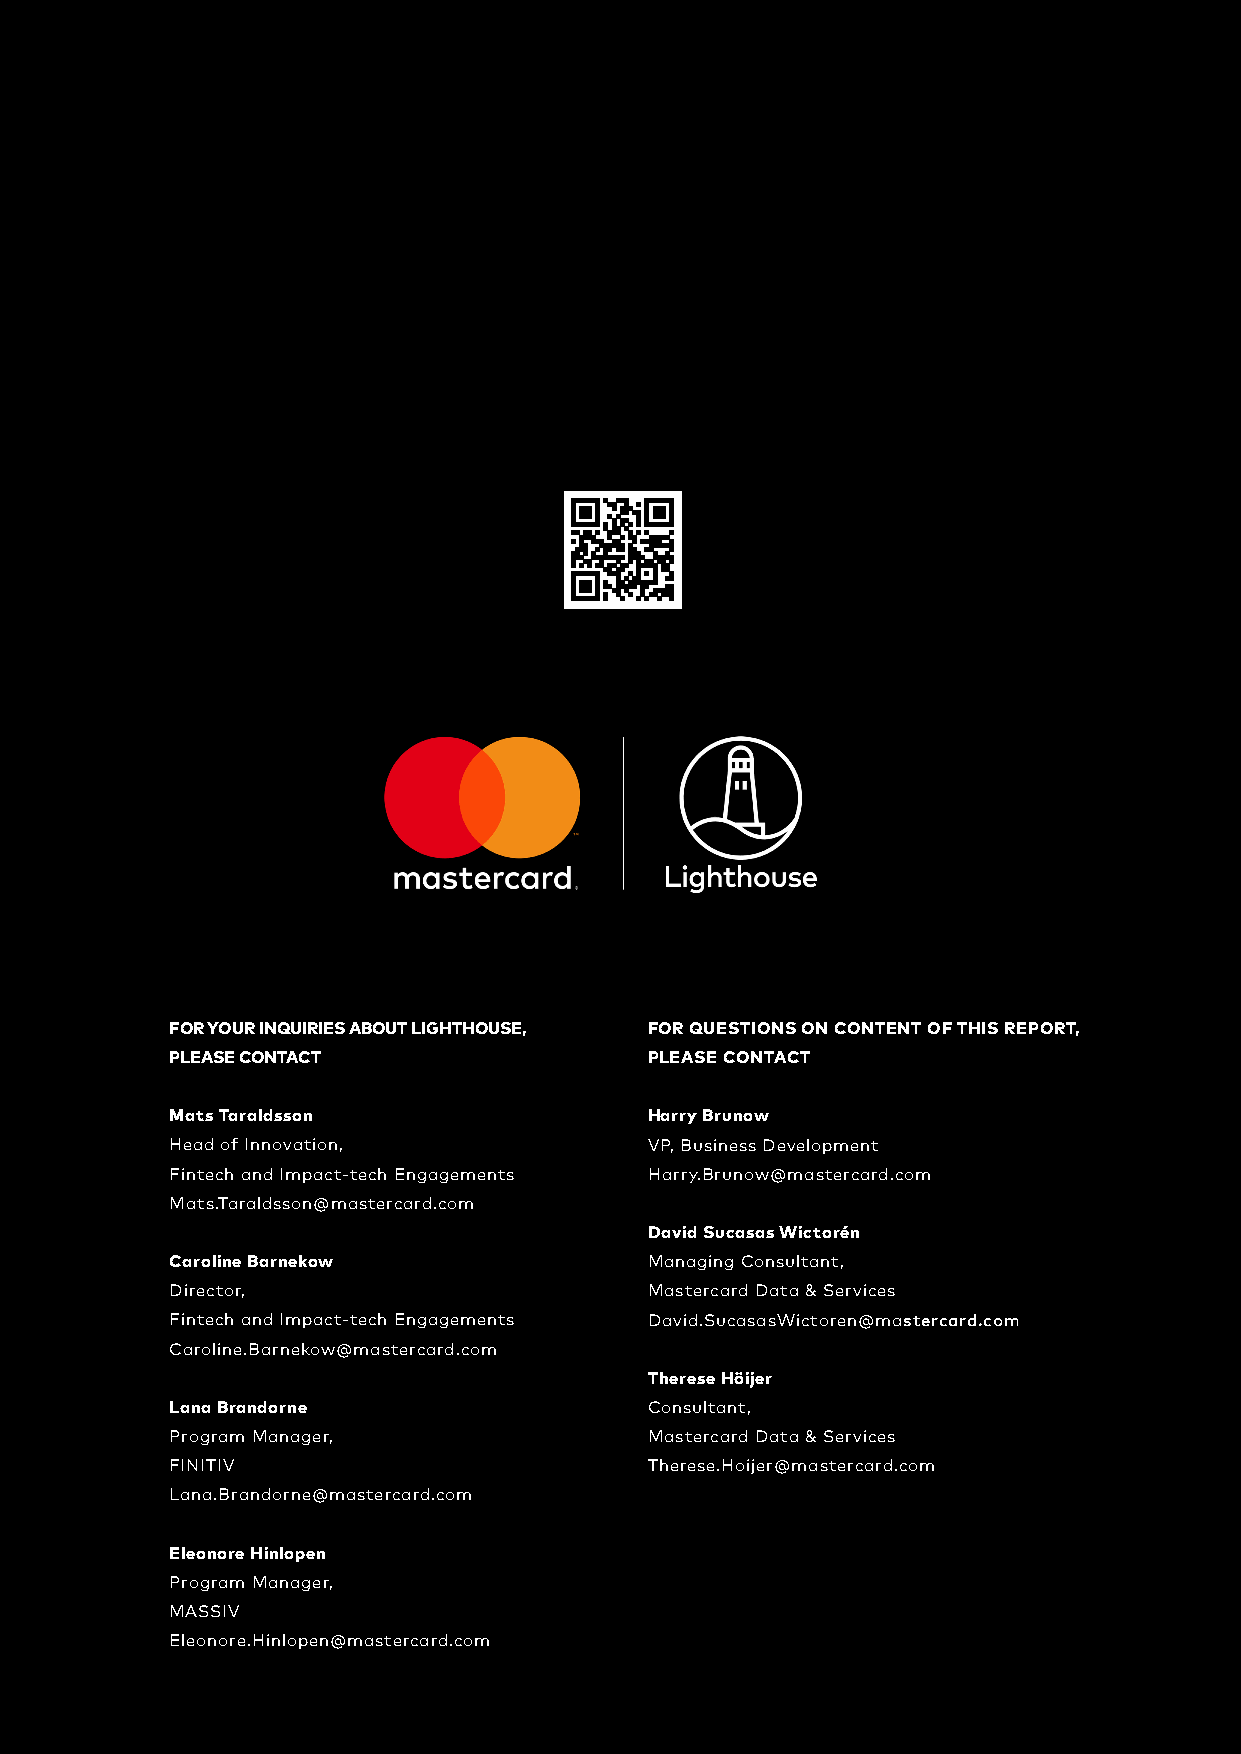
FOR YOUR INQUIRIES ABOUT LIGHTHOUSE, FOR QUESTIONS ON CONTENT OF THIS REPORT,
 PLEASE CONTACT                  PLEASE CONTACT
 Mats Taraldsson                 Harry Brunow
 Head of Innovation,             VP, Business Development
 Fintech and Impact-tech Engagements Harry.Brunow@mastercard.com
 Mats.Taraldsson@mastercard.com
 David Sucasas Wictorén
 Caroline Barnekow               Managing Consultant,
 Director,                       Mastercard Data & Services
 Fintech and Impact-tech Engagements David.SucasasWictoren@mastercard.com
 Caroline.Barnekow@mastercard.com
 Therese Höijer
 Lana Brandorne                  Consultant,
 Program Manager,                Mastercard Data & Services
 FINITIV                         Therese.Hoijer@mastercard.com
 Lana.Brandorne@mastercard.com
 Eleonore Hinlopen
 Program Manager,
 MASSIV
 Eleonore.Hinlopen@mastercard.com
 24